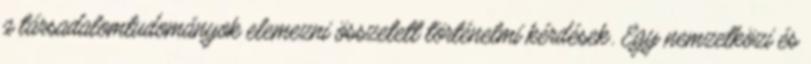
a társadalomtudományok elemezni összetett történelmi kérdések. Egy nemzetközi és